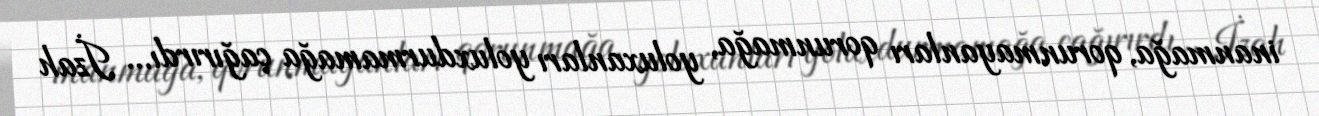
inanmağa, qorunmayanları qorunmağa, yoluxanları yoluxdurmamağa çağırırdı... İzah